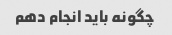
چگونه باید انجام دهم